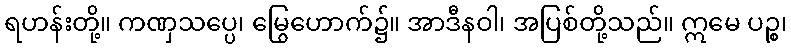
ရဟန်းတို့။ ကဏှသပ္ပေ၊ မြွေဟောက်၌။ အာဒီနဝါ၊ အပြစ်တို့သည်။ ဣမေ ပဉ္စ၊